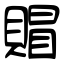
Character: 賵